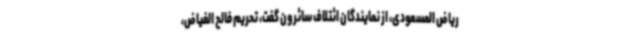
ریاض المسعودی، از نمایندگان ائتلاف سائرون گفت، تحریم فالح الفیاض،